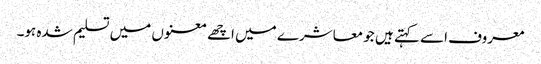
معروف اسے کہتے ہیں جو معاشرے میں اچھے معنوں میں تسلیم شدہ ہو۔